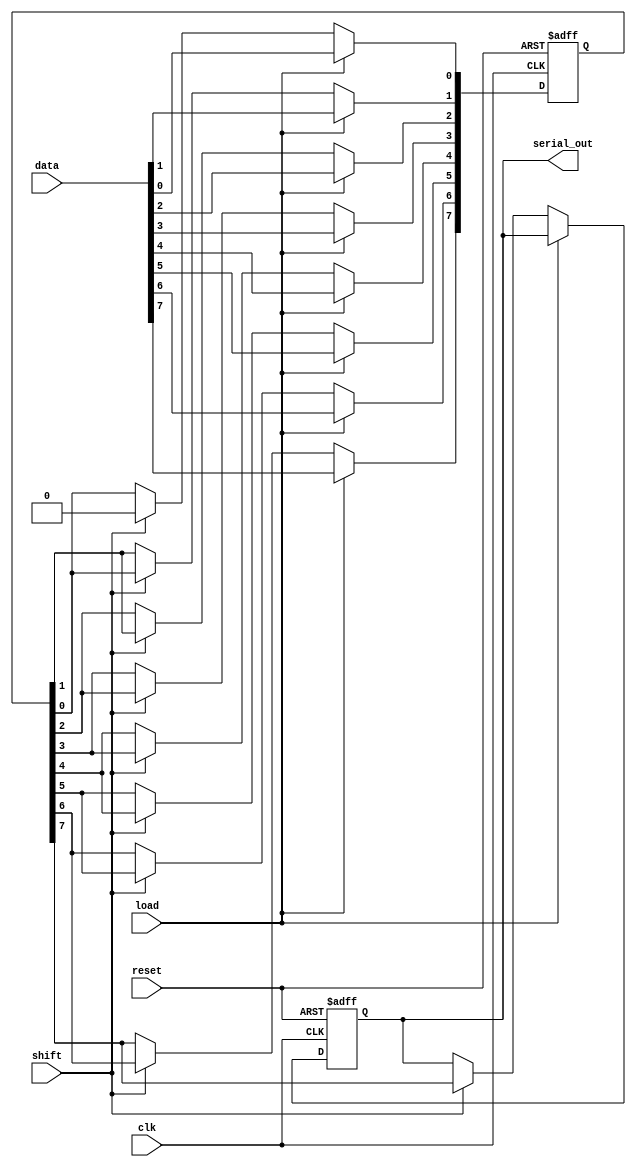
module dynamic_piso_register #(
    parameter N = 8  // Width of the register (number of parallel input lines)
)(
    input wire clk,          // Clock signal
    input wire reset,        // Asynchronous reset signal
    input wire load,         // Load signal
    input wire shift,        // Shift signal
    input wire [N-1:0] data, // Parallel input data
    output reg serial_out     // Serial output
);

    reg [N-1:0] storage;     // Internal storage for the register
    integer i;               // Loop variable

    // Asynchronous reset
    always @(posedge clk or posedge reset) begin
        if (reset) begin
            storage <= {N{1'b0}}; // Clear the register
            serial_out <= 1'b0;   // Clear the serial output
        end else if (load) begin
            storage <= data;      // Load data into the register
        end else if (shift) begin
            // Shift operation
            serial_out <= storage[N-1]; // Output the MSB
            for (i = N-1; i > 0; i = i - 1) begin
                storage[i] <= storage[i-1]; // Shift data down
            end
            storage[0] <= 1'b0; // Optional: clear the LSB after shifting
        end
    end

endmodule